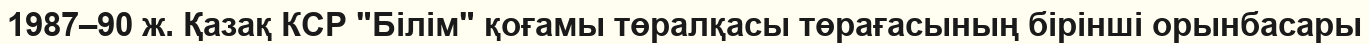
1987–90 ж. Қазақ КСР "Білім" қоғамы төралқасы төрағасының бірінші орынбасары